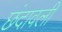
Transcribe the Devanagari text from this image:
छंदावली